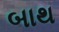
બાથ